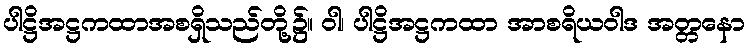
ပါဋ္ဌိအဋ္ဌကထာအစရှိသည်တို့၌။ ဝါ၊ ပါဋ္ဌိအဋ္ဌကထာ အာစရိယဝါဒ အတ္တနော